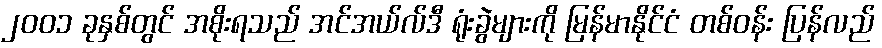
၂၀၀၁ ခုနှစ်တွင် အစိုးရသည် အင်အယ်လ်ဒီ ရုံးခွဲများကို မြန်မာနိုင်ငံ တစ်ဝန်း ပြန်လည်